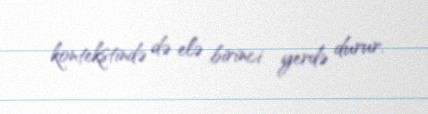
kontekstində də elə birinci yerdə durur.